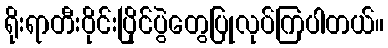
ရိုးရာတီးဝိုင်းပြိုင်ပွဲတွေပြုလုပ်ကြပါတယ်။